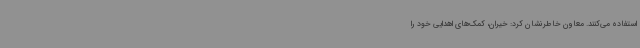
استفاده می‌کنند. معاون خاطرنشان کرد: خیران، کمک‌های اهدایی خود را